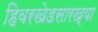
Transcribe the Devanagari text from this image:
हिवरखेडसारख्या